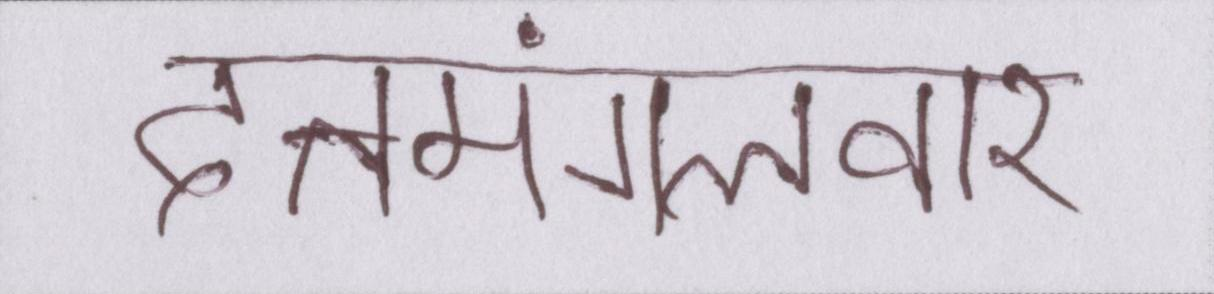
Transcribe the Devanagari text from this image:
दत्तमंगलवार